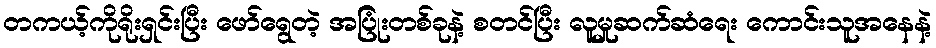
တကယ့်ကိုရိုးရှင်းပြီး ဖော်ရွေတဲ့ အပြုံးတစ်ခုနဲ့ စတင်ပြီး လူမှုဆက်ဆံရေး ကောင်းသူအနေနဲ့